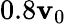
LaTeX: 0.8\mathbf{v}_{0}